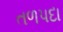
તળપદા